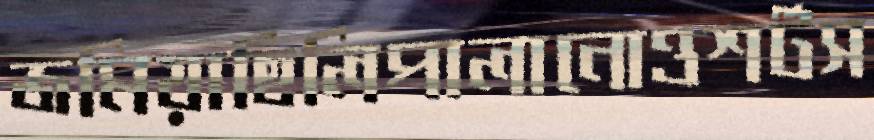
জমিয়াছিলিপালানোওশর্টস